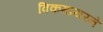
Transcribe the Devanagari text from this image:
विकमायरने